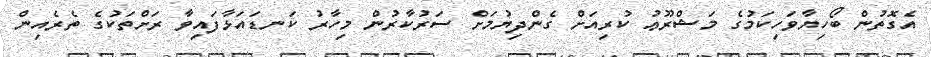
އެގޮތުން ބޯހިޔާވަހިކަމުގެ މަޝްރޫޢު ކުރިއަށް ގެންދިޔުމަށް ސަރުކާރުން މިހާރު ކަނޑައަޅާފައިވާ ރަށްތަކުގެ ތެރެއިން